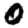
Digit: 0